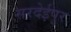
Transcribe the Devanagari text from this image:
सरदेईपुर